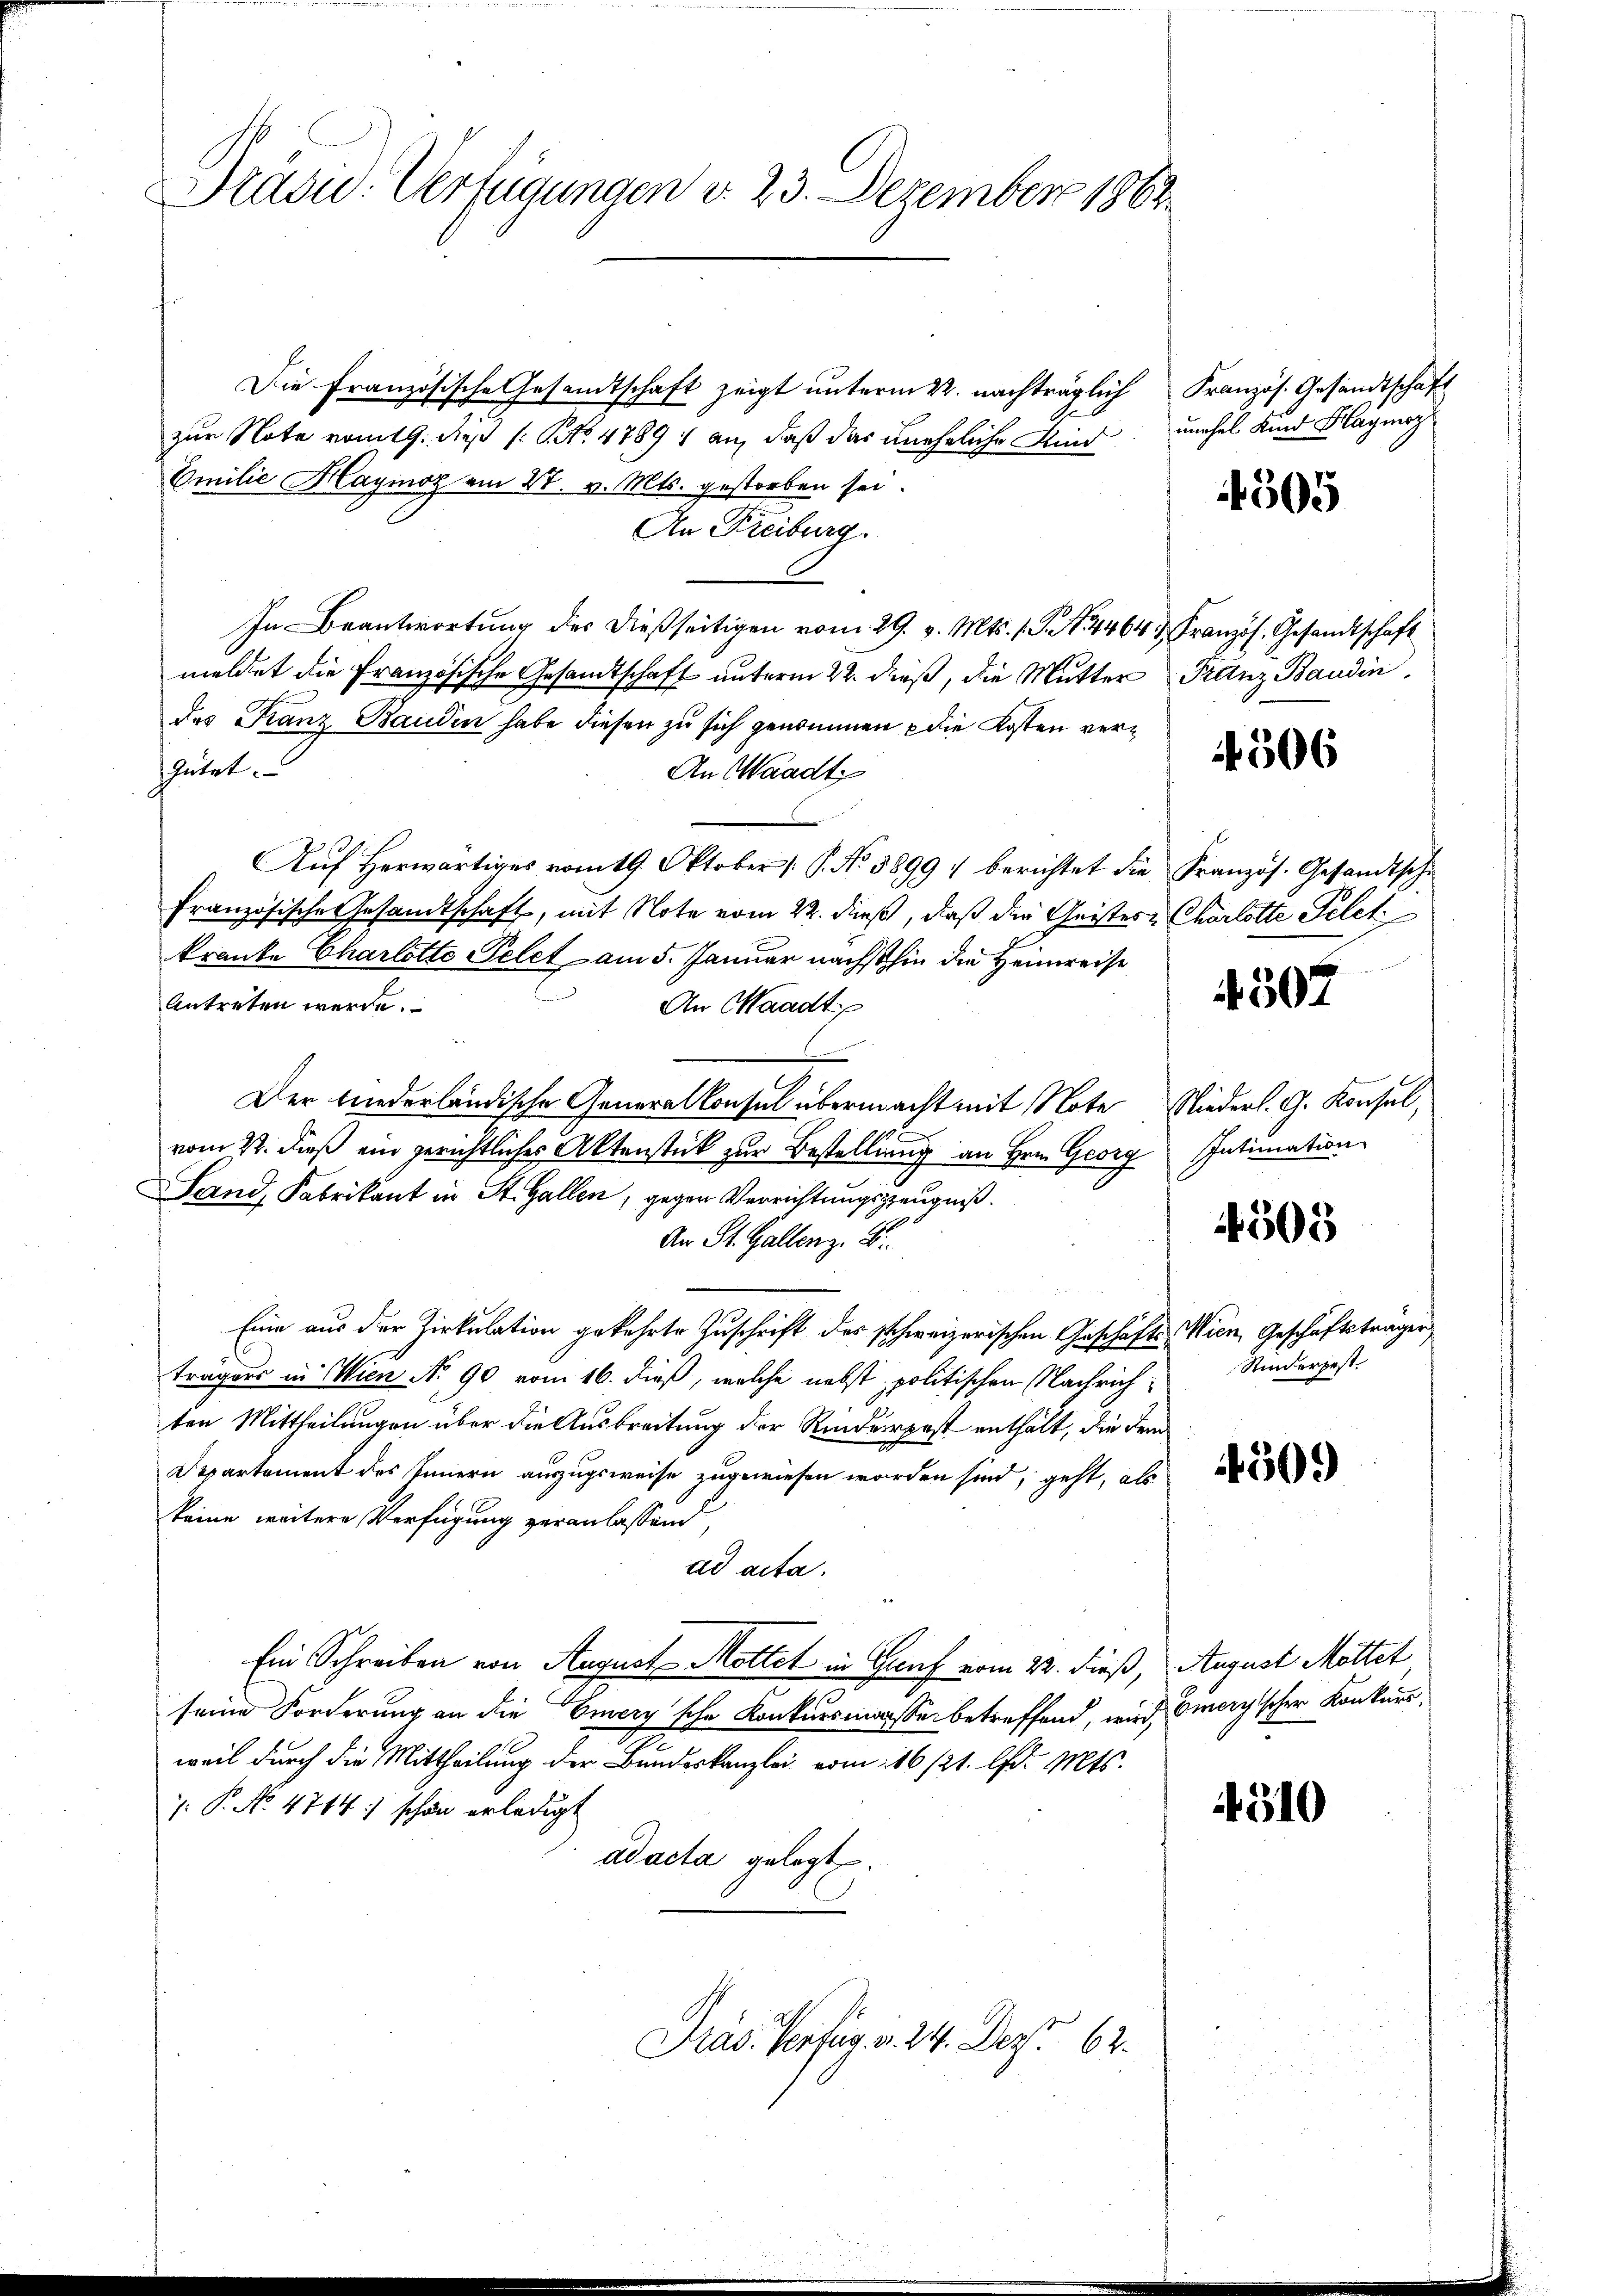
Pradu. Verfügungen v. 23. Dezember 1863.

Die Französische Gesandtschaft zeigt unterm 22. nachträglich Französ. Gesandtschaft
zur Note vom 19. dieß (NNo. 47891 an, daß das uneheliche Kind: unchel Kind Klagmay
Emilie Hayinoz am 27. v. Mts. gestorben sei.
An Freiburg
In Beantwortung des dießseitigen vom 29. v. Mts. s. S. 4464 n. Französ. Gesandtschaft
meldet die Französische Gesandtschaft unterm 22. dieß, die Mutter Franz Baudin
des Franz Baudin habe diesen zu sich genommen die Kosten vershütet.
An Waadt
Auf Herwärtiges vom 19. Oktober (: P. No. 58997 berichtet die Französ. Gesandtsche
französische Gesandtschaft, mit Note vom 22. dieß, daß der Geistes Charlotte Pelet
kranke Charlotte Pelet am 5. Januar nächsthin die Heimreise
Antreten werde.
An Waadt
.
Der Niederländische Generalkonsul übermacht mit Note Niederl. G. Konsul,
vom 22. dieß ein gerichtliches Aktenstück zur Bestellung an Hrn. Georg
Sand, Fabrikant in St. Gallen, gegen Verrichtungszeugniß.
An St. Gallen z. B.
Eine aus der Zirkulation gekehrte Zuschrift des schweizerischen Geschäfts- Wien, Geschäftsträgen
tragers in Wien No 90 vom 16. dieß, welche nebst politischen Nachrichten Mittheilungen über die Ausbreitung der Rinderpost enthält, die dem
Departement des Innern auszugsweise zugewiesen worden sind, geht, als
keine weitere Verfügung veranlassend,
ad acta.
Ein Schreiben von August Mottet in Graf vom 22. dieß, August Mottet
seine Forderung an die Eiery'sche Konkursmaße betreffend, wird, Omergischer Konkursc
weil durch die Mittheilung der Bundeskanzlei vom 16 1/21. d. Mts.
/. P. No. 4744: schon erledigt
ad acta gelegt.
Präs. Verfüg v. 24. Dez. 162.

305

4506

4507

Intimation

4505

Kinderpest.

4509)

4310